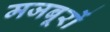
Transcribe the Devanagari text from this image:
मजबूरों